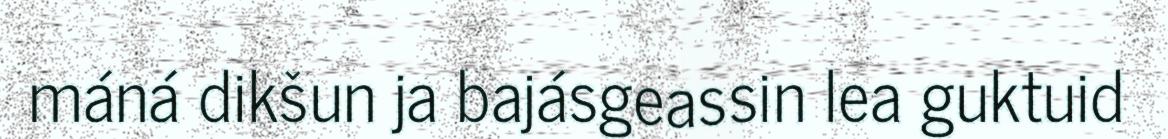
máná dikšun ja bajásgeassin lea guktuid